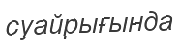
суайрығында